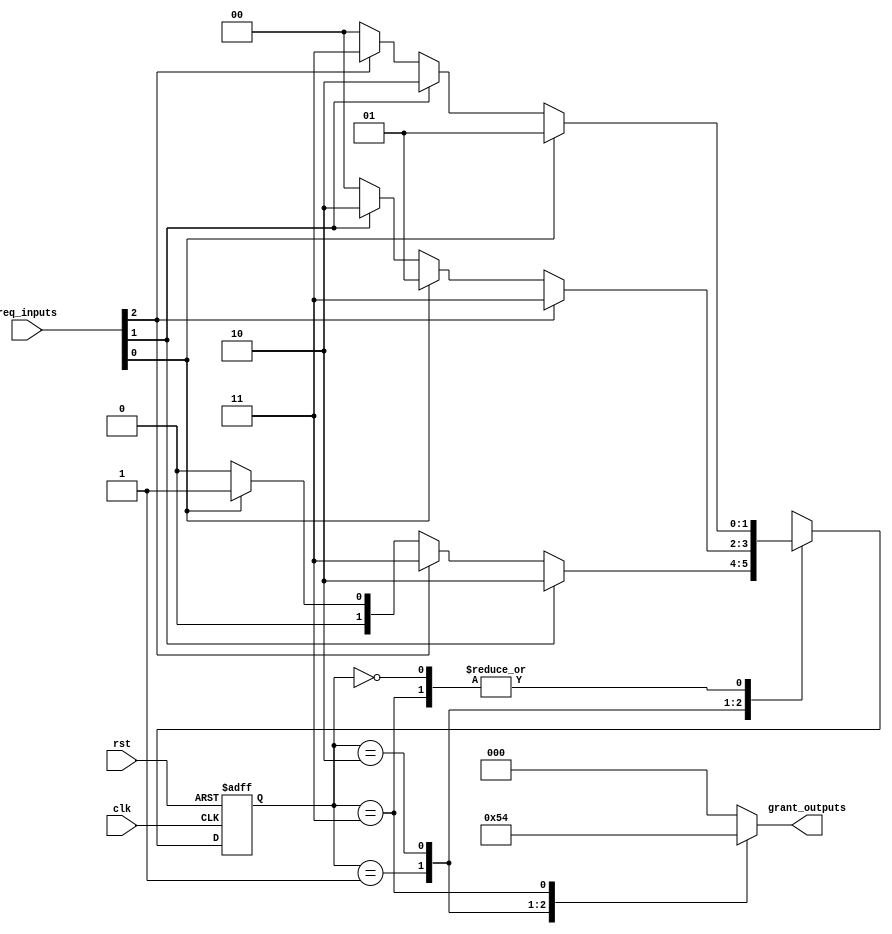
// Mail : asi.f.khan@hotmail.com


/// Priority -> User0> User1> User2

module round_robin_arbiter(
    input clk, rst,
    input [2:0] req_inputs,
    output reg [2:0] grant_outputs
);

reg [1:0] current_state;
reg [1:0] next_state;

parameter [1:0] IDLE = 2'b00;
parameter [1:0] STATE_0 = 2'b01;
parameter [1:0] STATE_1 = 2'b10;
parameter [1:0] STATE_2 = 2'b11;

always @(posedge clk or posedge rst) begin
    if(rst)
        current_state <= IDLE;
    else
        current_state <= next_state;
end

always @(*) begin
    case(current_state)
        IDLE: begin
            if(req_inputs[0])
                next_state = STATE_0;
            else if(req_inputs[1])
                next_state = STATE_1;
            else if(req_inputs[2])
                next_state = STATE_2;
            else
                next_state = IDLE;
        end

        STATE_0: begin
            if(req_inputs[1])
                next_state = STATE_1;
            else if(req_inputs[2])
                next_state = STATE_2;
            else if(req_inputs[0])
                next_state = STATE_0;
            else
                next_state = IDLE;
        end

        STATE_1: begin
            if(req_inputs[2])
                next_state = STATE_2;
            else if(req_inputs[0])
                next_state = STATE_0;
            else if(req_inputs[1])
                next_state = STATE_1;
            else
                next_state = IDLE;
        end

        STATE_2: begin
            if(req_inputs[0])
                next_state = STATE_0;
            else if(req_inputs[1])
                next_state = STATE_1;
            else if(req_inputs[2])
                next_state = STATE_2;
            else
                next_state = IDLE;
        end

        default: next_state = IDLE;
    endcase
end

always @(*) begin
    case(current_state)
        STATE_0: grant_outputs = 3'b001;
        STATE_1: grant_outputs = 3'b010;
        STATE_2: grant_outputs = 3'b100;
        default: grant_outputs = 3'b000;
    endcase
end

endmodule